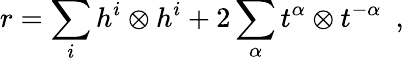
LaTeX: r=\sum_{i}h^{i}\otimes h^{i}+2\sum_{\alpha}t^{\alpha}\otimes t^{-\alpha}\ \ ,